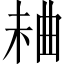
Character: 𣒠